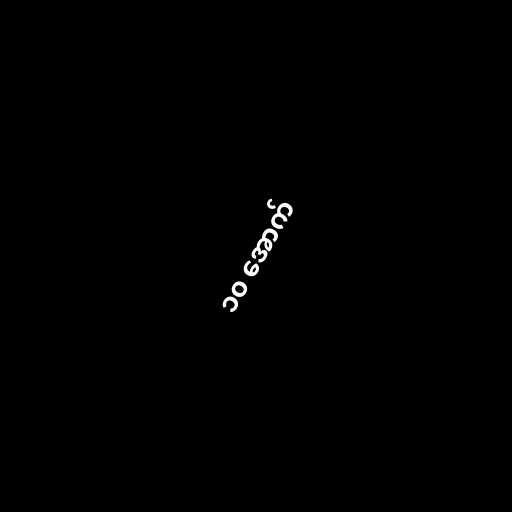
၁၀ အောက်